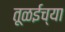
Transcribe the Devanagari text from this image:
तूळईच्या